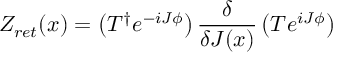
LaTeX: Z _ { r e t } ( x ) = \left( T ^ { \dagger } e ^ { - i J \phi } \right) \frac { \delta } { \delta J ( x ) } \left( T e ^ { i J \phi } \right)